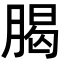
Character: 𣎅